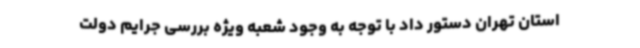
استان تهران دستور داد با توجه به وجود شعبه ویژه بررسی جرایم دولت